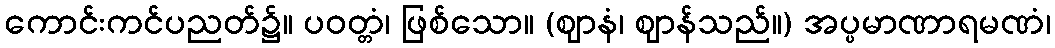
ကောင်းကင်ပညတ်၌။ ပဝတ္တံ၊ ဖြစ်သော။ (ဈာနံ၊ ဈာန်သည်။) အပ္ပမာဏာရမဏံ၊